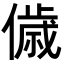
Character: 𬿳